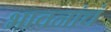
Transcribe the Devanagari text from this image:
भावनांचं